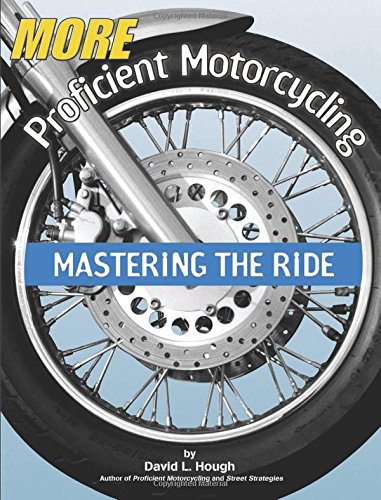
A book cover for More Proficient Motorcycling: Mastering the Ride; David L. Hough; Sports & Outdoors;